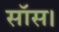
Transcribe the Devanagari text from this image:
सॉस।